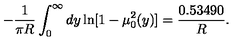
- \frac { 1 } { \pi R } \int _ { 0 } ^ { \infty } d y \ln [ 1 - \mu _ { 0 } ^ { 2 } ( y ) ] = \frac { 0 . 5 3 4 9 0 } { R } { . }